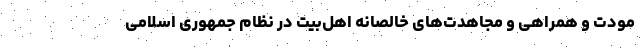
مودّت و همراهی و مجاهدت‌های خالصانه اهل‌بیت در نظام جمهوری اسلامی